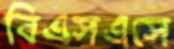
বিএসএসে